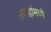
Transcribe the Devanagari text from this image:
सप्ताहांमध्ये